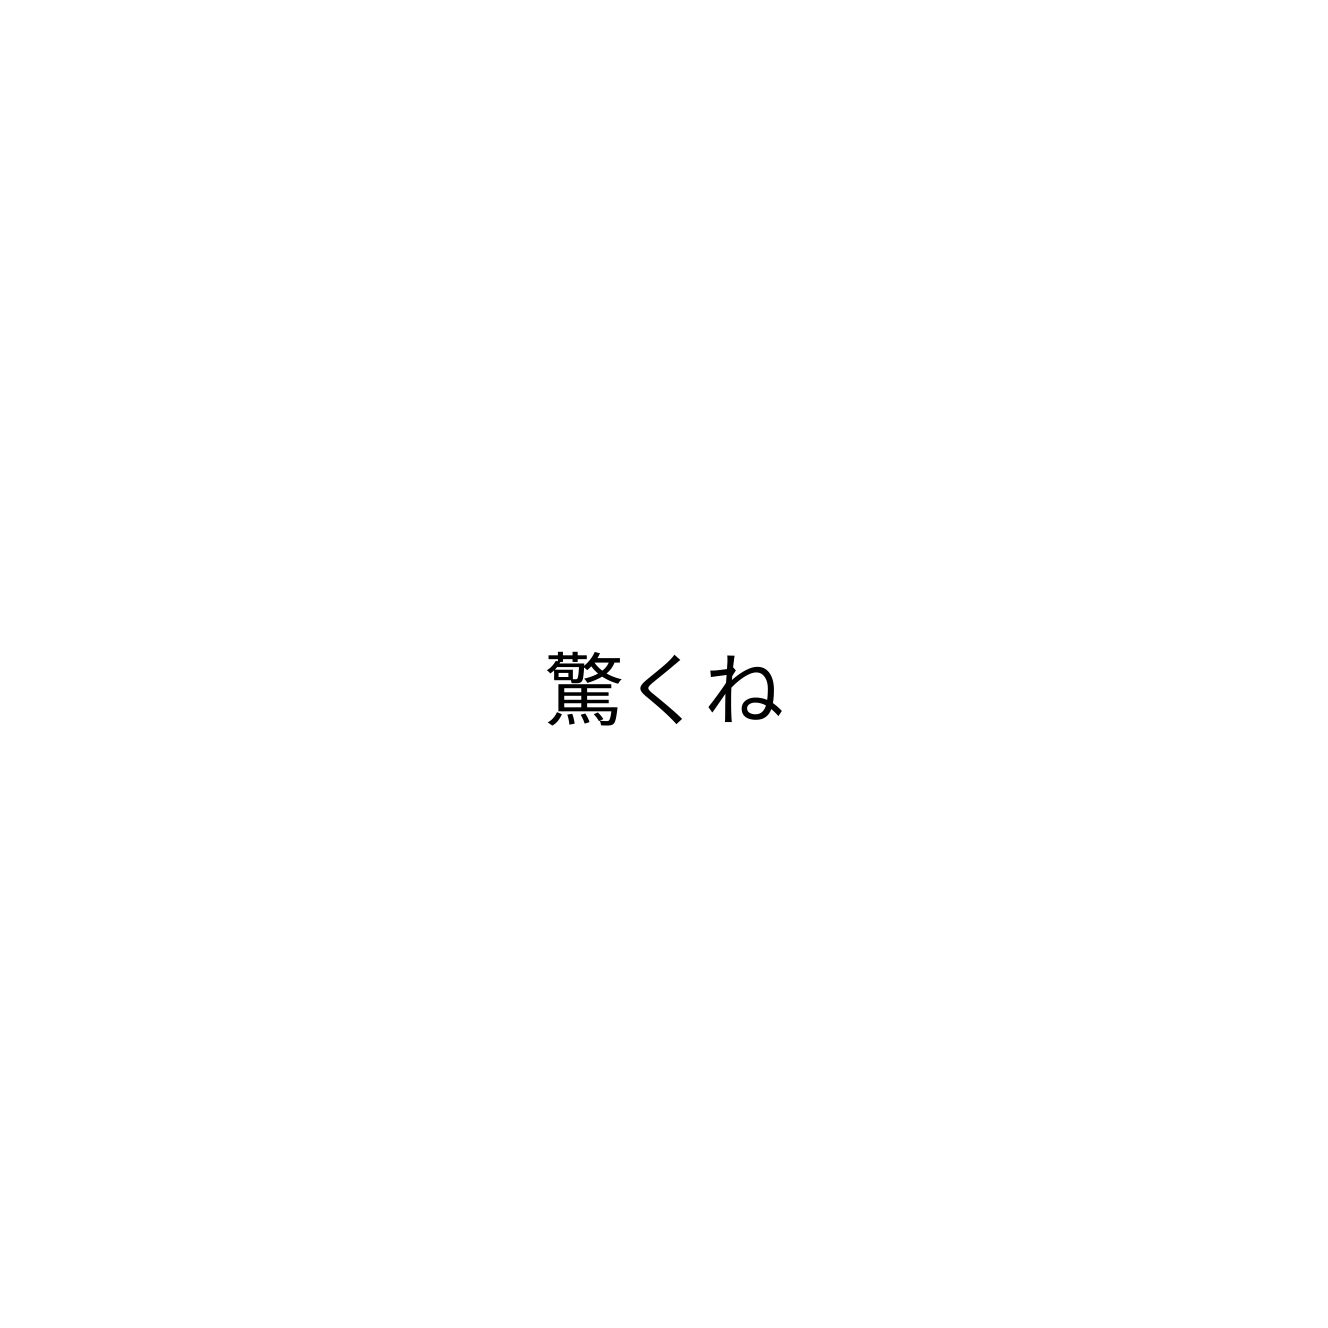
驚くね